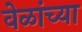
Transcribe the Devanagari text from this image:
वेळांच्या